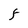
Character: F